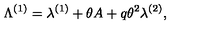
\Lambda ^ { ( 1 ) } = \lambda ^ { ( 1 ) } + \theta A + q \theta ^ { 2 } \lambda ^ { ( 2 ) } ,